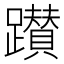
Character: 𨇃